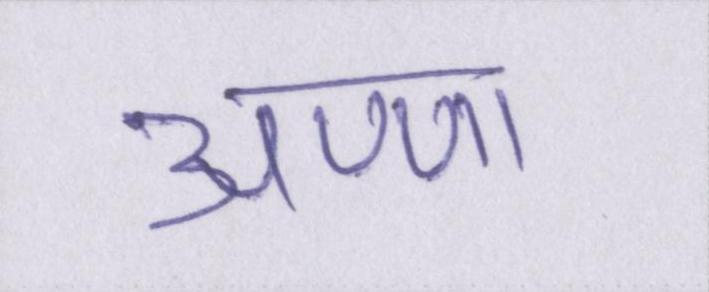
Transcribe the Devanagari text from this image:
अण्णा